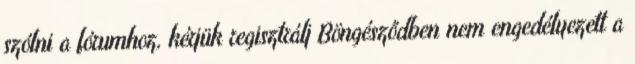
szólni a fórumhoz, kérjük regisztrálj Böngésződben nem engedélyezett a